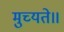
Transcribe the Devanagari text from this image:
मुच्यते॥